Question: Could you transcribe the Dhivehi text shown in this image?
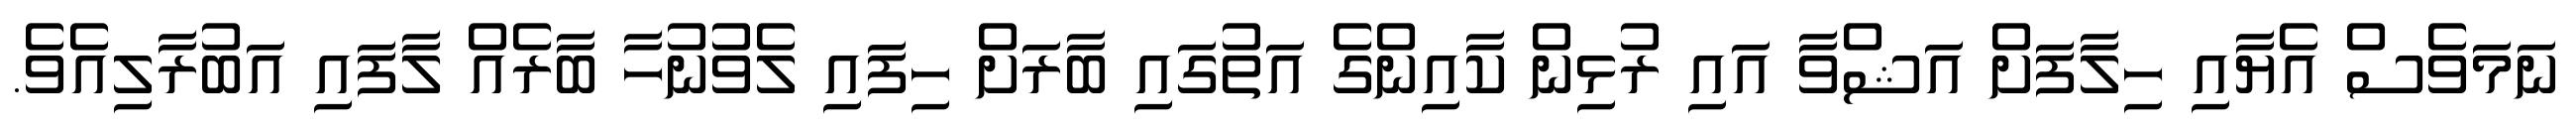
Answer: ނަމަވެސް އެޔާއި ހިލާފަށް އަޝްވާ އައި ރުޅިން ކާއިންގެ އަތުގައި ބާރަށް ހިފައި ލެވުނުހާ ބާރެއް ލާފައި އަބުރާލިއެވެ.